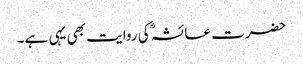
حضرت عائشہؓ کی روایت بھی یہی ہے۔